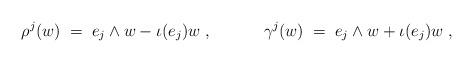
LaTeX: \begin{align*} &\rho^j(w) \;=\; e_j\wedge w - \iota(e_j)w\;, &&\gamma^j(w) \;=\; e_j \wedge w + \iota(e_j)w\;,\end{align*}